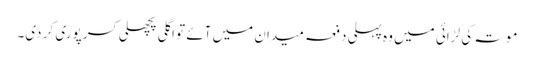
موتہ کی لڑائی میں وہ پہلی دفعہ میدان میں آئے تو اگلی پچھلی کسر پوری کر دی۔